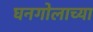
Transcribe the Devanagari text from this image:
घनगोलाच्या